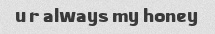
u r always my honey